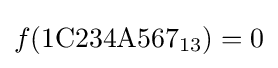
f(\mathrm {1C234A567} _{13})=0